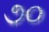
૭૦